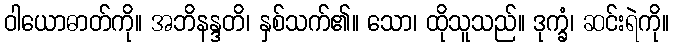
ဝါယောဓာတ်ကို။ အဘိနန္ဒတိ၊ နှစ်သက်၏။ သော၊ ထိုသူသည်။ ဒုက္ခံ၊ ဆင်းရဲကို။